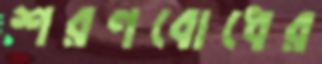
শরণবোধের